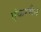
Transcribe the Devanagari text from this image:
एंकरमैन